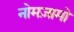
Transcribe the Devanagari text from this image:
नोमज़ामो